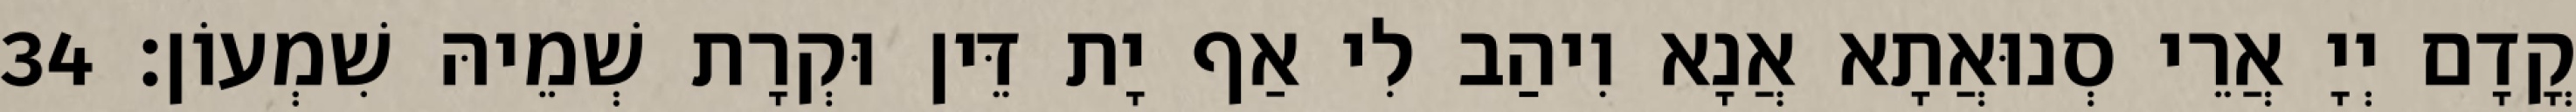
קֳדָם יְיָ אֲרֵי סְנוּאֲתָא אֲנָא וִיהַב לִי אַף יָת דֵּין וּקְרָת שְׁמֵיהּ שִׁמְעוֹן׃ 34